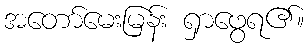
အတော်မေးမြန်း ရှာဖွေရ၏။